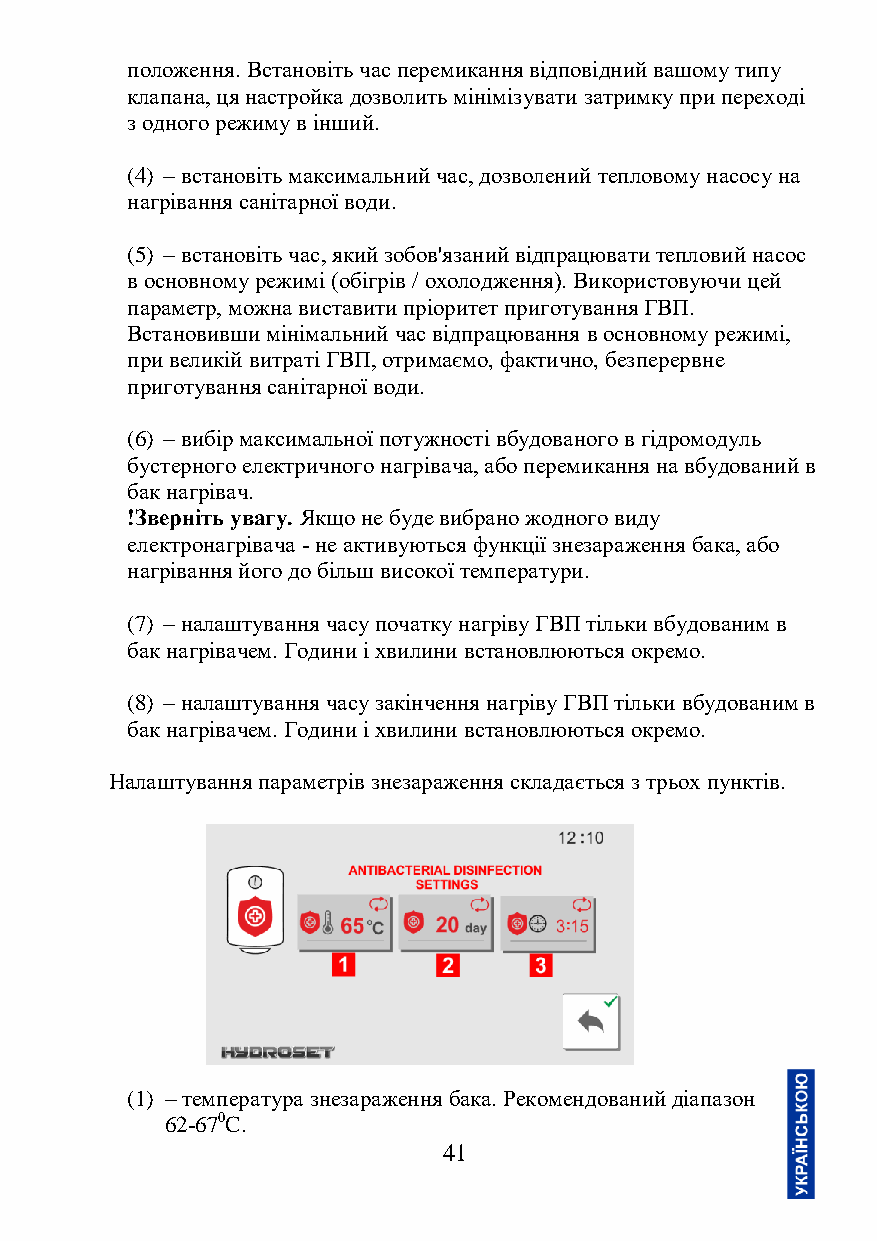
положення. Встановіть час перемикання відповідний вашому типу
 клапана, ця настройка дозволить мінімізувати затримку при переході
 з одного режиму в інший.
 (4) – встановіть максимальний час, дозволений тепловому насосу на
 нагрівання санітарної води.
 (5) – встановіть час, який зобов'язаний відпрацювати тепловий насос
 в основному режимі (обігрів / охолодження). Використовуючи цей
 параметр, можна виставити пріоритет приготування ГВП.
 Встановивши мінімальний час відпрацювання в основному режимі,
 при великій витраті ГВП, отримаємо, фактично, безперервне
 приготування санітарної води.
 (6) – вибір максимальної потужності вбудованого в гідромодуль
 бустерного електричного нагрівача, або перемикання на вбудований в
 бак нагрівач.
 !Зверніть увагу. Якщо не буде вибрано жодного виду
 електронагрівача - не активуються функції знезараження бака, або
 нагрівання його до більш високої температури.
 (7) – налаштування часу початку нагріву ГВП тільки вбудованим в
 бак нагрівачем. Години і хвилини встановлюються окремо.
 (8) – налаштування часу закінчення нагріву ГВП тільки вбудованим в
 бак нагрівачем. Години і хвилини встановлюються окремо.
 Налаштування параметрів знезараження складається з трьох пунктів.
 (1) – температура знезараження бака. Рекомендований діапазон
 62-670C.
 41